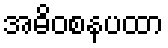
အဓိဝစနပထာ